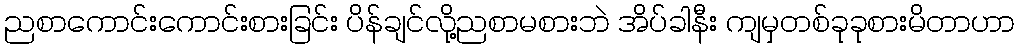
ညစာကောင်းကောင်းစားခြင်း ပိန်ချင်လို့ညစာမစားဘဲ အိပ်ခါနီး ကျမှတစ်ခုခုစားမိတာဟာ